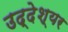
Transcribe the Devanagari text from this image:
उद्देश्यर